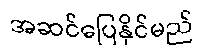
အဆင်ပြေနိုင်မည်